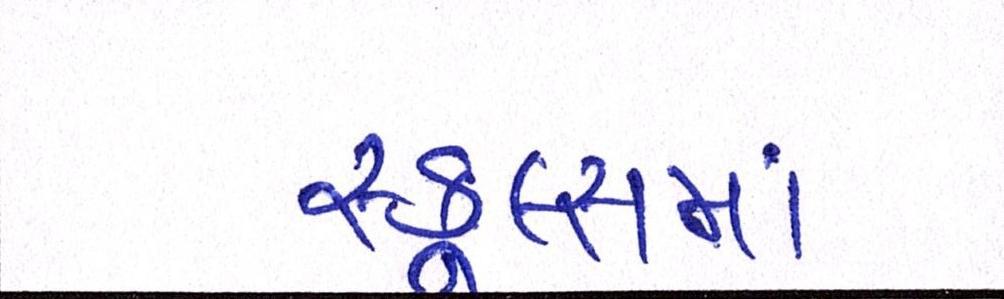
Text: સ્કૂલ્સમાં